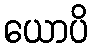
ယောပိ